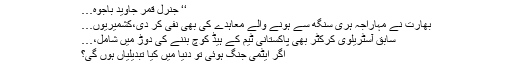
‘‘ جنرل قمر جاوید باجوہ…
بھارت نے مہاراجہ ہری سنگھ سے ہونے والے معاہدے کی بھی نفی کر دی،کشمیریوں…
سابق آسٹریلوی کرکٹر بھی پاکستانی ٹیم کے ہیڈ کوچ بننے کی دوڑ میں شامل،…
اگر ایٹمی جنگ ہوئی تو دنیا میں کیا تبدیلیاں ہوں گی؟